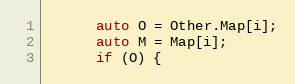
Language: C
      auto O = Other.Map[i];
      auto M = Map[i];
      if (O) {